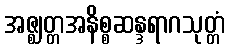
အဇ္ဈတ္တအနိစ္စဆန္ဒရာဂသုတ္တံ